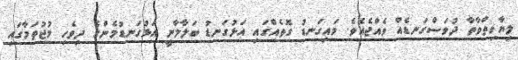
ލިޔާހިތްވާތާ ދުވަސްގަނޑެއް ވެއްޖެއެވެ. މައިގަނޑު ގޮތެއްގައި އަޅުގަނޑު ބަލާލާނީ އަޅުގަނޑުމެންގެ ދިވެހިި މުޖުތަމާގައި